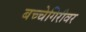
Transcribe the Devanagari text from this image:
बच्चेगिरीवर